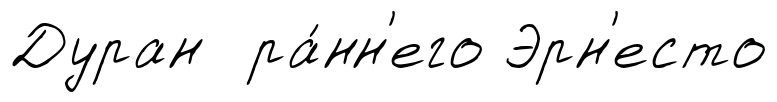
Дуран ра́нн'его Эрн'есто